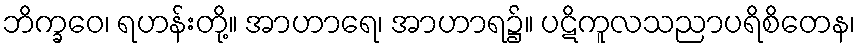
ဘိက္ခဝေ၊ ရဟန်းတို့။ အာဟာရေ၊ အာဟာရ၌။ ပဋိကူလသညာပရိစိတေန၊